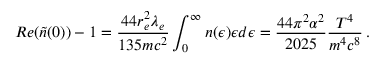
R e ( \tilde { n } ( 0 ) ) - 1 = { \frac { 4 4 r _ { e } ^ { 2 } \lambda _ { e } } { 1 3 5 m c ^ { 2 } } } \int _ { 0 } ^ { \infty } { n ( \epsilon ) \epsilon d \epsilon } = { \frac { 4 4 \pi ^ { 2 } \alpha ^ { 2 } } { 2 0 2 5 } } { \frac { T ^ { 4 } } { m ^ { 4 } c ^ { 8 } } } \, .